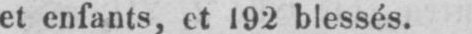
et enfants, et 192 blessés.